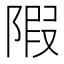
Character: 𨺽